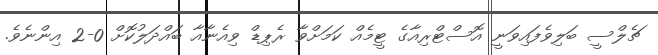
ޗެލްސީ ބަލިވެފައިވަނީ އޮސްޓްރިއާގެ ޓީމެއް ކަމަށްވާ ރެޕިޑް ވިއެނާއާ ބައްދަލުކޮށް 0-2 އިންނެވެ.